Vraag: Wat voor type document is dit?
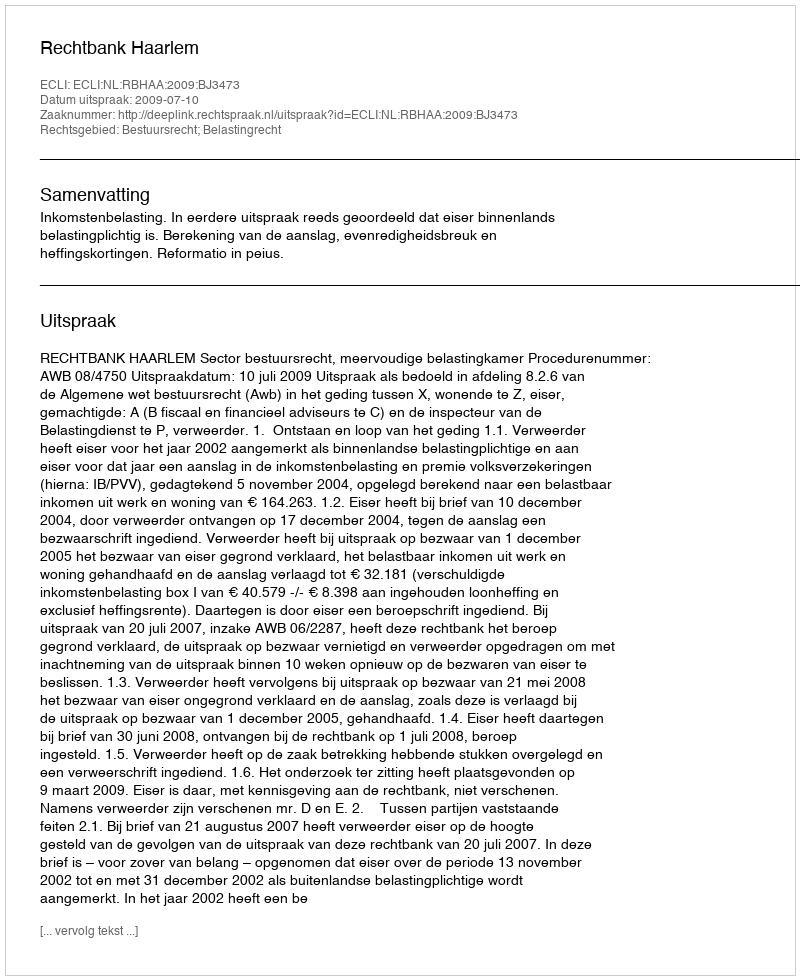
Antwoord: Uitspraak